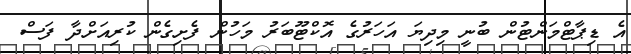
އެ ޑިޕާޓްމަންޓުން ބުނީ މިދިޔަ އަހަރުގެ އޮކްޓޫބަރު މަހުން ފެށިގެން ކުރިއަށްދާ ފަސް